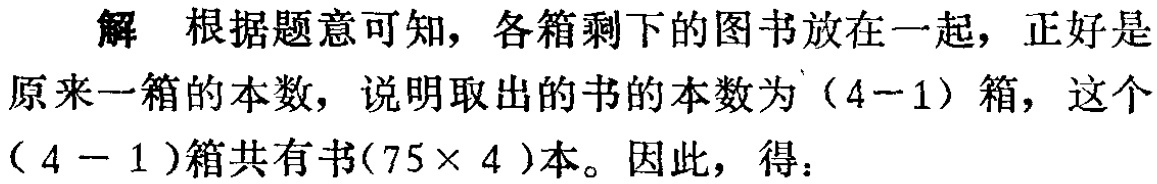
解 根据题意可知，各箱剩下的图书放在一起，正好是原来一箱的本数，说明取出的书的本数为\((4 - 1)\)箱，这个\((4 - 1)\)箱共有书\((75\times 4)\)本。因此，得：